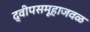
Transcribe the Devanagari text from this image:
द्वीपसमूहाजवळ